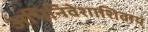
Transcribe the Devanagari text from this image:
अभिनिवेशाशिवाय